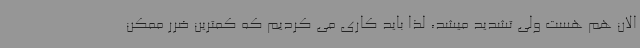
الان هم هست ولی تشدید میشد، لذا باید کاری می کردیم که کمترین ضرر ممکن